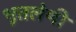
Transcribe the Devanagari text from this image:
भूतलेणी